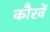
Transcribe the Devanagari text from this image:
कौरवें